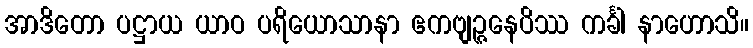
အာဒိတော ပဋ္ဌာယ ယာဝ ပရိယောသာနာ ဧကဗျဉ္ဇနေပိဿ ကင်္ခါ နာဟောသိ။